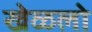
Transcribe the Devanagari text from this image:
खेळलो